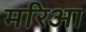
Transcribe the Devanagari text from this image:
मरिआ